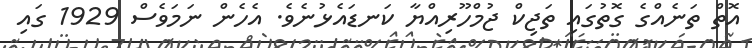
އޮތް ތަނެއްގެ ގޮތުގައި ތަޖިކް ޖުމްހޫރިއްޔާ ކަނޑައެޅުނެވެ. އެހެން ނަމަވެސް 1929 ގައި